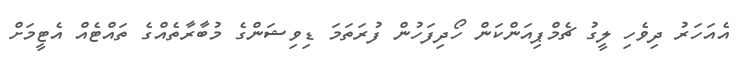
އެއަހަރު ދިވެހި ލީގު ޗެމްޕިއަންކަން ހޯދިފަހުން ފުރަތަމަ ޑިވިޝަންގެ މުބާރާތެއްގެ ތައްޓެއް އެޓީމަށް